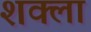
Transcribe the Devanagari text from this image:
शक्ला